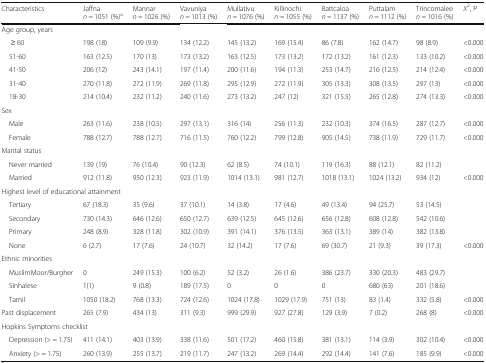
<table><thead><tr><td><b>Characteristics</b></td><td><b>Jaffna<i>n =</i> 1051 (%)<sup>a</sup></b></td><td><b>Mannar<i>n =</i> 1026 (%)</b></td><td><b>Vavuniya<i>n =</i> 1013 (%)</b></td><td><b>Mullativu<i>n =</i> 1076 (%)</b></td><td><b>Killinochi<i>n =</i> 1055 (%)</b></td><td><b>Battcaloa<i>n =</i> 1137 (%)</b></td><td><b>Puttalam<i>n =</i> 1112 (%)</b></td><td><b>Trincomalee <i>n =</i> 1016 (%)</b></td><td><b><i>X</i><sup>2</sup>, P</b></td></tr></thead><tbody><tr><td colspan="10">Age group, years</td></tr><tr><td>≥ 60</td><td>198 (18)</td><td>109 (9.9)</td><td>134 (12.2)</td><td>145 (13.2)</td><td>169 (15.4)</td><td>86 (7.8)</td><td>162 (14.7)</td><td>98 (8.9)</td><td>&lt;0.000</td></tr><tr><td> 51-60</td><td>163 (12.5)</td><td>170 (13)</td><td>173 (13.2)</td><td>163 (12.5)</td><td>173 (13.2)</td><td>172 (13.2)</td><td>161 (12.3)</td><td>133 (10.2)</td><td>&lt;0.000</td></tr><tr><td> 41-50</td><td>206 (12)</td><td>243 (14.1)</td><td>197 (11.4)</td><td>200 (11.6)</td><td>194 (11.3)</td><td>253 (14.7)</td><td>216 (12.5)</td><td>214 (12.4)</td><td>&lt;0.000</td></tr><tr><td> 31-40</td><td>270 (11.8)</td><td>272 (11.9)</td><td>269 (11.8)</td><td>295 (12.9)</td><td>272 (11.9)</td><td>305 (13.3)</td><td>308 (13.5)</td><td>297 (13)</td><td>&lt;0.000</td></tr><tr><td> 18-30</td><td>214 (10.4)</td><td>232 (11.2)</td><td>240 (11.6)</td><td>273 (13.2)</td><td>247 (12)</td><td>321 (15.5)</td><td>265 (12.8)</td><td>274 (13.3)</td><td>&lt;0.000</td></tr><tr><td colspan="10">Sex</td></tr><tr><td> Male</td><td>263 (11.6)</td><td>238 (10.5)</td><td>297 (13.1)</td><td>316 (14)</td><td>256 (11.3)</td><td>232 (10.3)</td><td>374 (16.5)</td><td>287 (12.7)</td><td>&lt;0.000</td></tr><tr><td> Female</td><td>788 (12.7)</td><td>788 (12.7)</td><td>716 (11.5)</td><td>760 (12.2)</td><td>799 (12.8)</td><td>905 (14.5)</td><td>738 (11.9)</td><td>729 (11.7)</td><td>&lt;0.000</td></tr><tr><td colspan="10">Marital status</td></tr><tr><td> Never married</td><td>139 (19)</td><td>76 (10.4)</td><td>90 (12.3)</td><td>62 (8.5)</td><td>74 (10.1)</td><td>119 (16.3)</td><td>88 (12.1)</td><td>82 (11.2)</td><td></td></tr><tr><td> Married</td><td>912 (11.8)</td><td>950 (12.3)</td><td>923 (11.9)</td><td>1014 (13.1)</td><td>981 (12.7)</td><td>1018 (13.1)</td><td>1024 (13.2)</td><td>934 (12)</td><td>&lt;0.000</td></tr><tr><td colspan="10">Highest level of educational attainment</td></tr><tr><td> Tertiary</td><td>67 (18.3)</td><td>35 (9.6)</td><td>37 (10.1)</td><td>14 (3.8)</td><td>17 (4.6)</td><td>49 (13.4)</td><td>94 (25.7)</td><td>53 (14.5)</td><td></td></tr><tr><td> Secondary</td><td>730 (14.3)</td><td>646 (12.6)</td><td>650 (12.7)</td><td>639 (12.5)</td><td>645 (12.6)</td><td>656 (12.8)</td><td>608 (12.8)</td><td>542 (10.6)</td><td></td></tr><tr><td> Primary</td><td>248 (8.9)</td><td>328 (11.8)</td><td>302 (10.9)</td><td>391 (14.1)</td><td>376 (13.5)</td><td>363 (13.1)</td><td>389 (14)</td><td>382 (13.8)</td><td></td></tr><tr><td> None</td><td>6 (2.7)</td><td>17 (7.6)</td><td>24 (10.7)</td><td>32 (14.2)</td><td>17 (7.6)</td><td>69 (30.7)</td><td>21 (9.3)</td><td>39 (17.3)</td><td>&lt;0.000</td></tr><tr><td colspan="10">Ethnic minorities</td></tr><tr><td> MuslimMoor/Burgher</td><td>0</td><td>249 (15.3)</td><td>100 (6.2)</td><td>52 (3.2)</td><td>26 (1.6)</td><td>386 (23.7)</td><td>330 (20.3)</td><td>483 (29.7)</td><td></td></tr><tr><td> Sinhalese</td><td>1(1)</td><td>9 (0.8)</td><td>189 (17.5)</td><td>0</td><td>0</td><td>0</td><td>680 (63)</td><td>201 (18.6)</td><td></td></tr><tr><td> Tamil</td><td>1050 (18.2)</td><td>768 (13.3)</td><td>724 (12.6)</td><td>1024 (17.8)</td><td>1029 (17.9)</td><td>751 (13)</td><td>83 (1.4)</td><td>332 (5.8)</td><td>&lt;0.000</td></tr><tr><td>Past displacement</td><td>265 (7.9)</td><td>434 (13)</td><td>311 (9.3)</td><td>999 (29.9)</td><td>927 (27.8)</td><td>129 (3.9)</td><td>7 (0.2)</td><td>268 (8)</td><td>&lt;0.000</td></tr><tr><td colspan="10">Hopkins Symptoms checklist</td></tr><tr><td> Depression (&gt; = 1.75)</td><td>411 (14.1)</td><td>403 (13.9)</td><td>338 (11.6)</td><td>501 (17.2)</td><td>460 (15.8)</td><td>381 (13.1)</td><td>114 (3.9)</td><td>302 (10.4)</td><td>&lt;0.000</td></tr><tr><td> Anxiety (&gt; = 1.75)</td><td>260 (13.9)</td><td>255 (13.7)</td><td>219 (11.7)</td><td>247 (13.2)</td><td>269 (14.4)</td><td>292 (14.4)</td><td>141 (7.6)</td><td>185 (9.9)</td><td>&lt;0.000</td></tr></tbody></table>